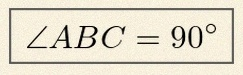
\angle ABC=90^\circ